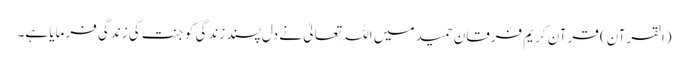
(القرآن) قرآن کریم فرقان حمید میں اللہ تعالیٰ نے دل پسند زندگی کو جنت کی زندگی فرمایا ہے۔